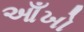
આઁખો